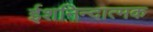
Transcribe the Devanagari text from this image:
ईशनिन्दात्मक